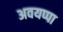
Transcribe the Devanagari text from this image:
अवयप्पा